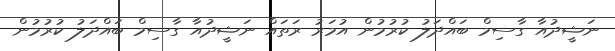
ނަޝީދުއާ ގާސިމް ބައްދަލު ކުރުމުން އުމަރު ރަތައް ނަޝީދުއާ ގާސިމް ބައްދަލު ކުރުމުން